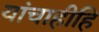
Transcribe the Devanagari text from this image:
यांचाहीहि